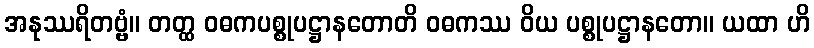
အနုဿရိတဗ္ဗံ။ တတ္ထ ဝဓကပစ္စုပဋ္ဌာနတောတိ ဝဓကဿ ဝိယ ပစ္စုပဋ္ဌာနတော။ ယထာ ဟိ